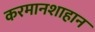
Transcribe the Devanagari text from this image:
करमानशाहान